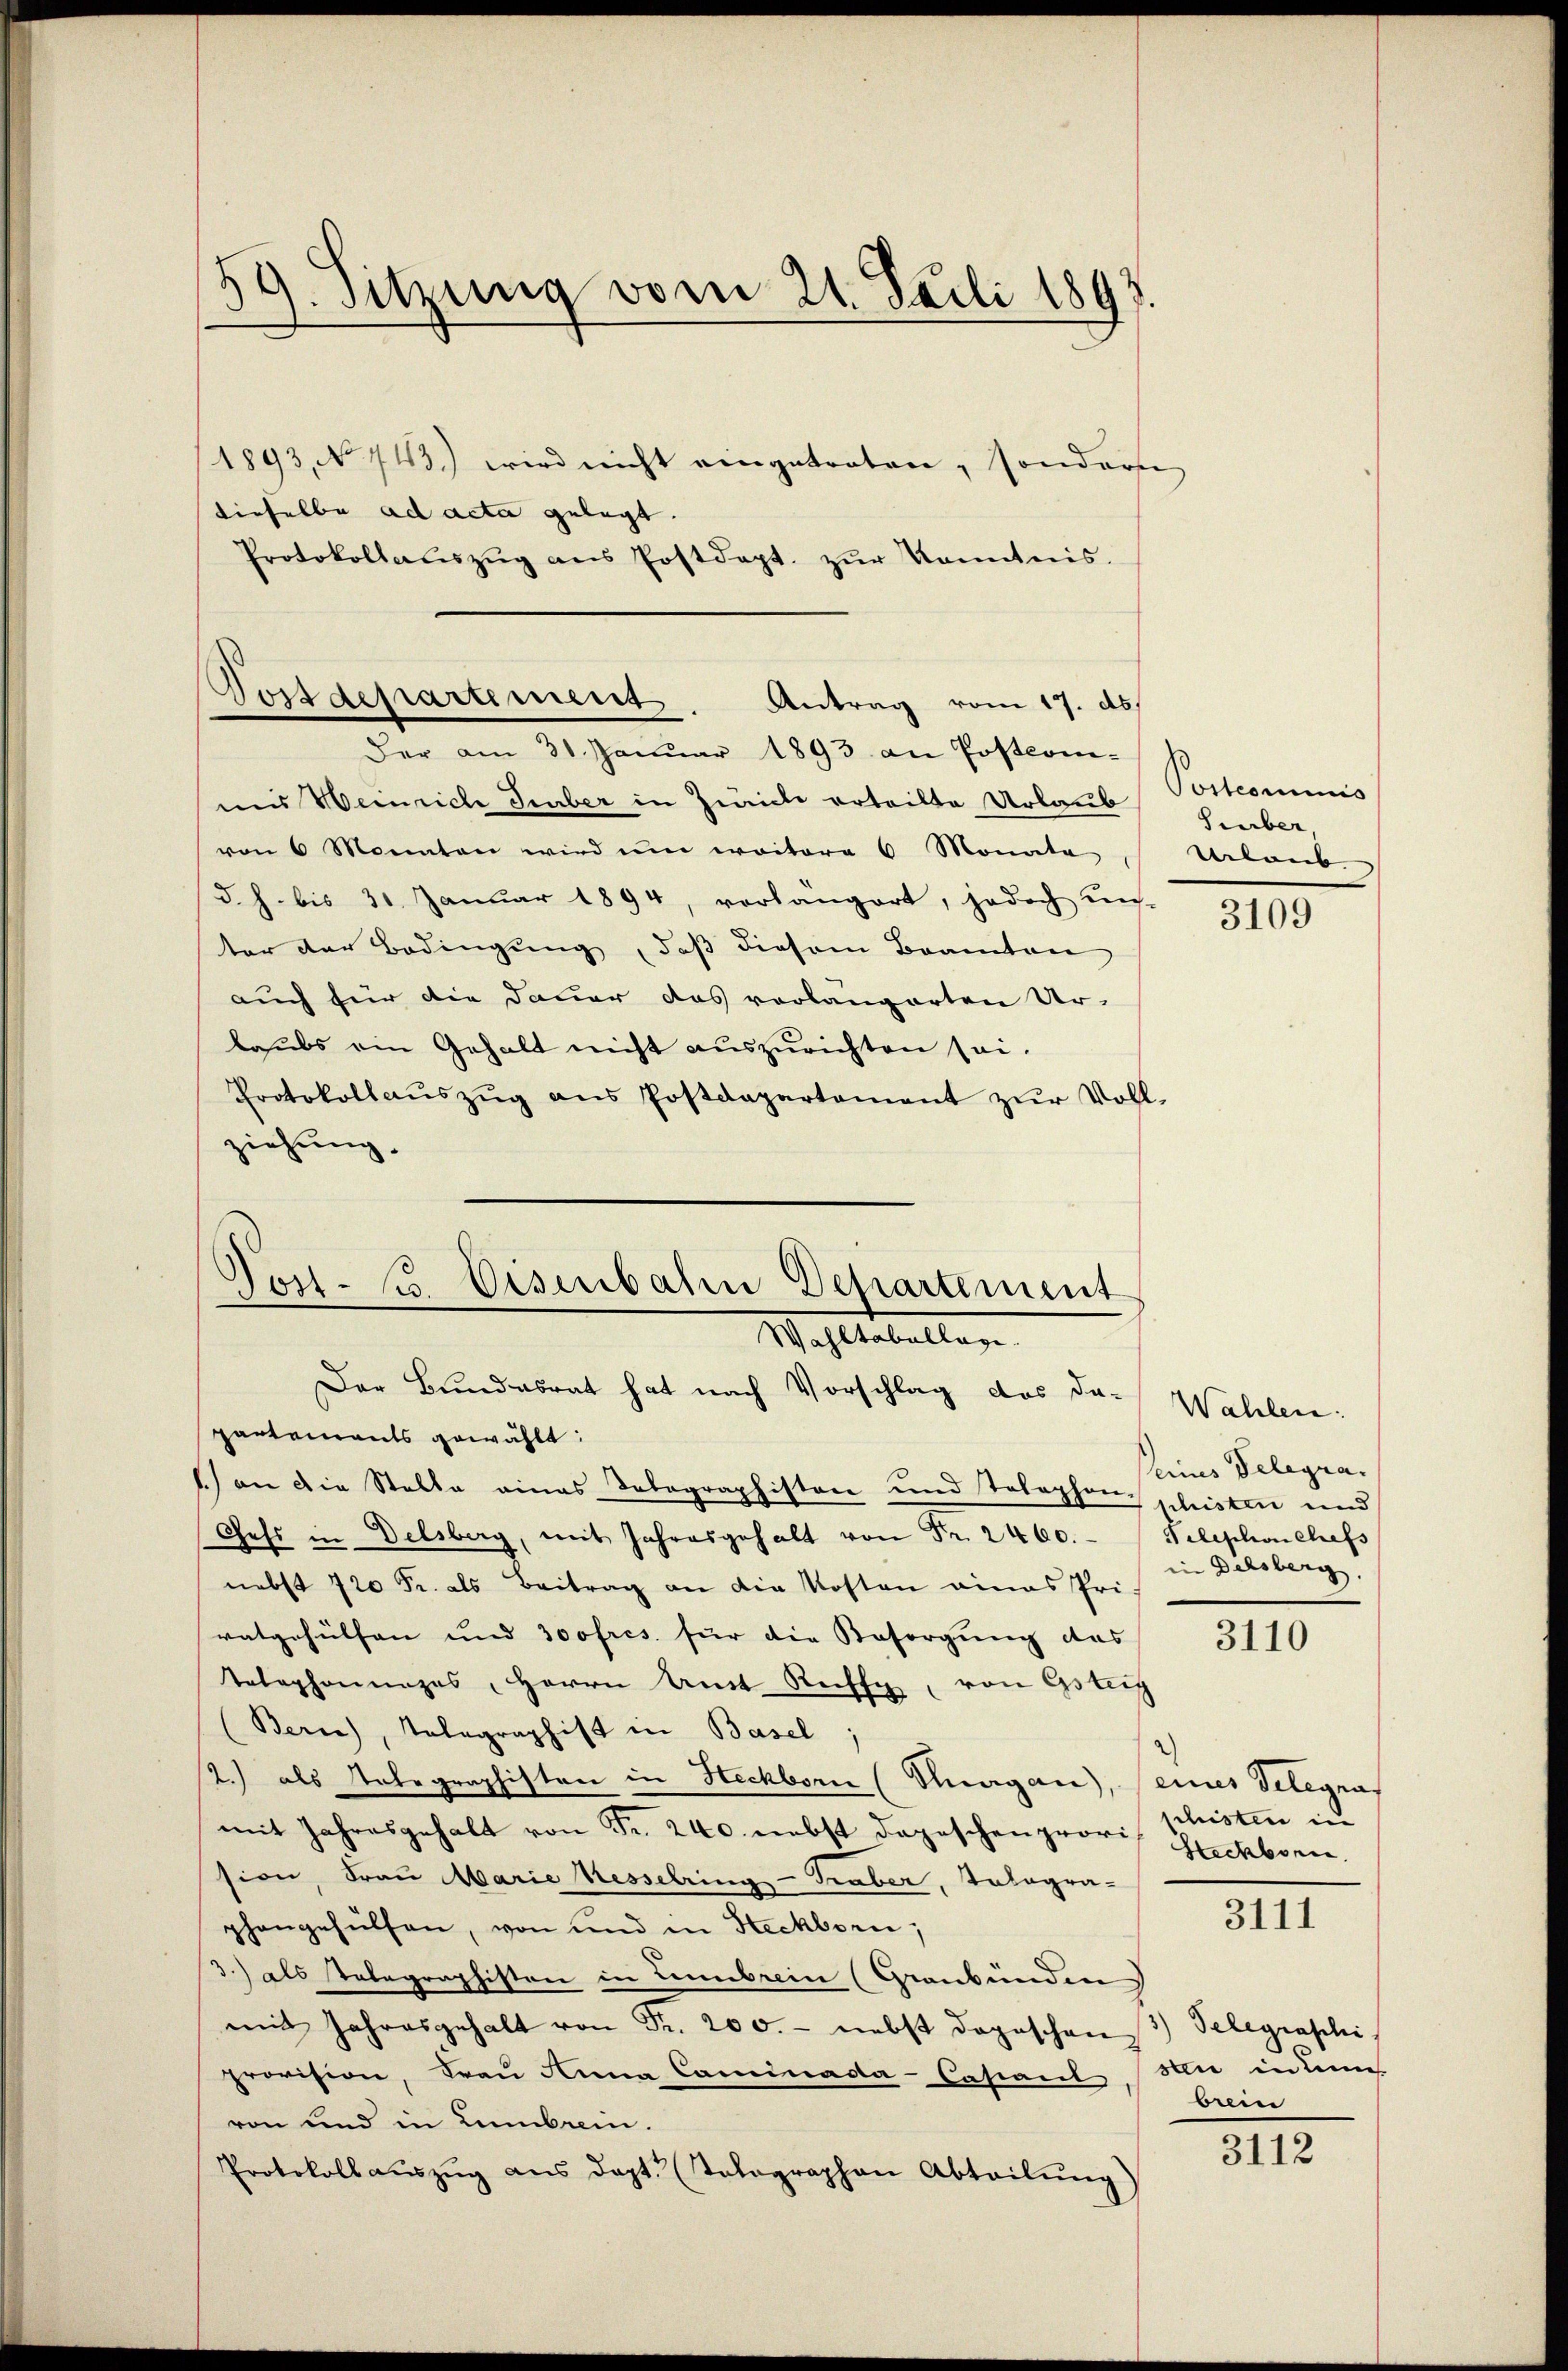
.
59. Sitzung vom 21. Pauli 1897

1893, No 143.) wird nicht eingetreten, sonderse
dieselbe ad acta gelegt.
Protokollaŭszŭg ans Postdept. zŭr Kenntnis.

und Weinriche Geber in Zwicke erteilte Urlaub
von 6 Monaten wird um weitere 6 Monate
d. h. bis 31 Januar 1894, vorlängert, jedoch un-
ter der Bedingung, daß diesem Beamten
auch für die Dauer das vorlängerten Ur-
baubs ein Gehalt nicht auszurichten sei.
Protokollaŭszŭg ans Postdepartement zŭr Voll-
ziehung.

Vostdepartement.
Antrag vom 17. ds.
Der am 31. Januar 1893 an Postcom¬

Post- u Eisenbahn Departement
Wahltabellage.
Der Bundesrat hat nach Vorschlag das da-

partenants gewählt:
1) an die Stelle eines Telegraphiston und Tolophen schristen und
Gess in Delsberg, mit Jahresgehalt von Fr. 2400. Telephon chefs
nebst 720 Fr. als Beitrag an die Kosten eines Privatgehülfen und 300fres für die Besorgung das
Telephonunges, Herrn Amt Rechte, von Gsteig
Berne), Telegraphist in Basel;
2.) als Notegraphisten in Heckborn (Margau), (eines Telegra
mit Jahresgehalt von Fr. 240. nebst Depeschen provi
sion, Frau Marie Kesselring-Traber, Tologra-
phangehülfen, von und in Heckborn,
3.) als Telegraphisten in Lenbrein (Graubünden
mit Jahresgehalt von Fr. 200.- nebst dageschen) Telegraphi
provision, Frau Anna Caminada-Casiant sie in denn
von und in Lambrein.
Protokoll aŭszŭg aŭs dept. (Talographen Abteilŭng

Postcommis
Surber
Uetreib

3109

Wahlen:
seines Telegrain Delsberg.

3110

schisten in
Steckborn.

3111

orein

3112